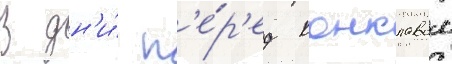
В дн'и́ п'е́р'ед конклавом